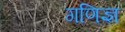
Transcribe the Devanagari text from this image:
गणिज्ञ